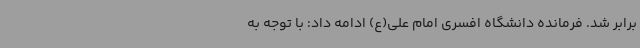
برابر شد. فرمانده دانشگاه افسری امام علی(ع) ادامه داد: با توجه به